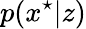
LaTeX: p(x^{\star}|z)